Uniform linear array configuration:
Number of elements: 8
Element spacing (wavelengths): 1
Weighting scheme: blackman
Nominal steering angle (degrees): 60
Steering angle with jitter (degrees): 61.444
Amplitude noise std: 0.05
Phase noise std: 0.05

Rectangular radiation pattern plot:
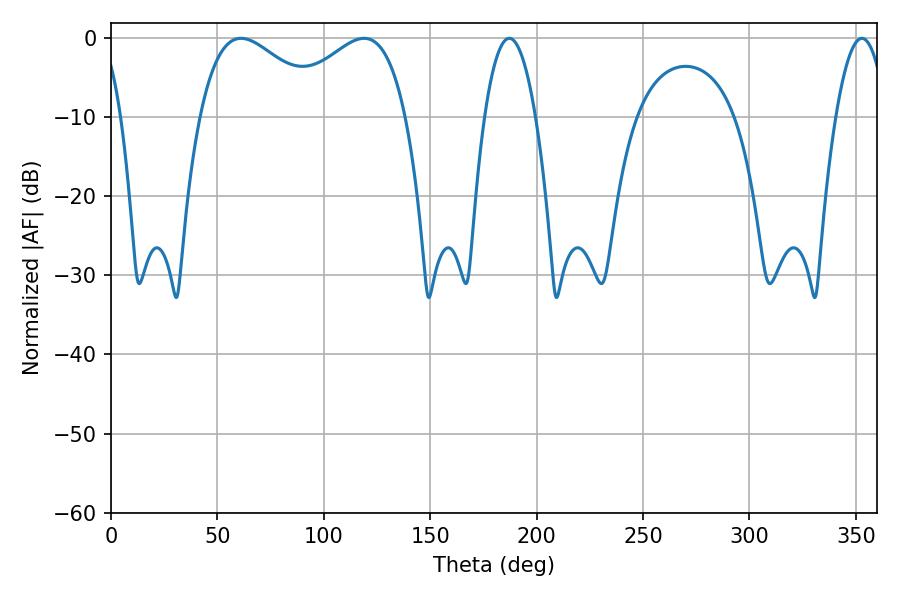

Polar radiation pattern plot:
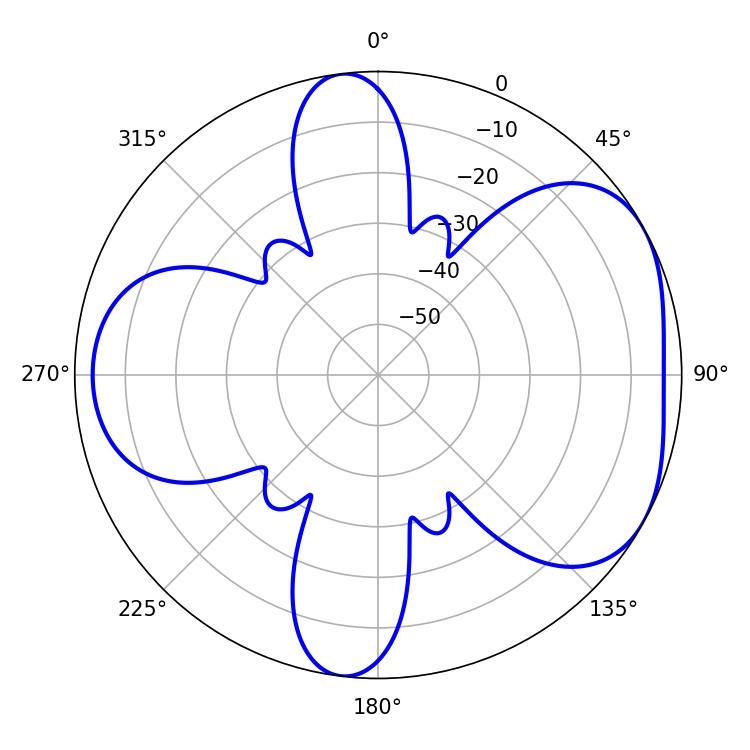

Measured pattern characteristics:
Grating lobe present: TRUE
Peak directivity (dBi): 4.763
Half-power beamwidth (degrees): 32.58
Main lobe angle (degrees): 61.02